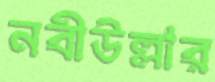
নবীউল্লার